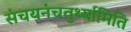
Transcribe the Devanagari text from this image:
संचयनंचतुर्थ्यामिति